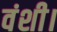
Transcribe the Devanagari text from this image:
वंशी।